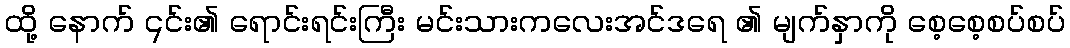
ထို့ နောက် ၎င်း၏ ရောင်းရင်းကြီး မင်းသားကလေးအင်ဒရေ ၏ မျက်နှာကို စေ့စေ့စပ်စပ်